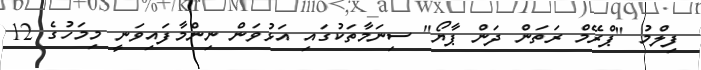
ފިލްމު "ޕްރޭމް ރަތަން ދަން ޕާޔޯ" ސިނަމާތަކުގައި އަޅުވަން ނިންމާފައިވަނީ މިމަހުގެ 12